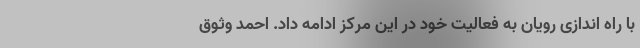
با راه اندازی رویان به فعالیت خود در این مرکز ادامه داد. احمد وثوق